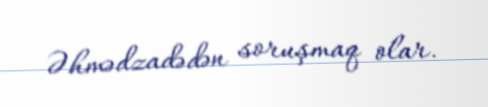
Əhmədzadədən soruşmaq olar.